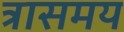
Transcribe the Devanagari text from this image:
त्रासमय